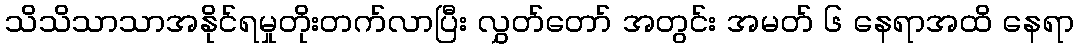
သိသိသာသာအနိုင်ရမှုတိုးတက်လာပြီး လွှတ်တော် အတွင်း အမတ် ၆ နေရာအထိ နေရာ